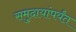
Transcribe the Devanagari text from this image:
समुदायांपर्यंत